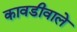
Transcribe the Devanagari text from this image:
कावडीवाले